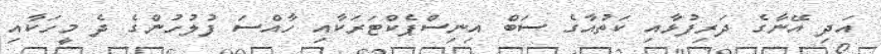
އަދި އޭނާގެ ދަރިފުޅާއި ކަތުއާގެ ސަބް އިނިސްޕެކްޓަރަކާއި ހާއްސަ ފުލުހުންގެ ދެ މީހަކާއި